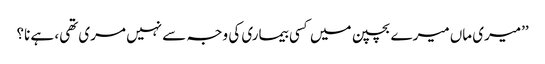
’’میری ماں میرے بچپن میں کسی بیماری کی وجہ سے نہیں مری تھی، ہے نا؟